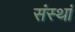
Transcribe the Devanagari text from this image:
संस्थां